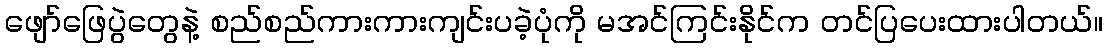
ဖျော်ဖြေပွဲတွေနဲ့ စည်စည်ကားကားကျင်းပခဲ့ပုံကို မအင်ကြင်းနိုင်က တင်ပြပေးထားပါတယ်။